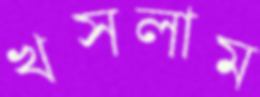
খসলাম